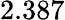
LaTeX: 2.387